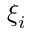
\xi _ { i }